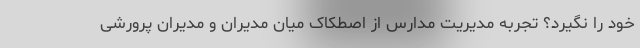
خود را نگیرد؟ تجربه مدیریت مدارس از اصطکاک میان مدیران و مدیران پرورشی